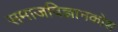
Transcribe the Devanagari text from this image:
समाजविज्ञानकोश